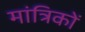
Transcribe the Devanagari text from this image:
मांत्रिकों